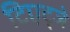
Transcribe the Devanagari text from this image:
टिएट्जे